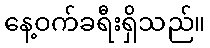
နေ့ဝက်ခရီးရှိသည်။